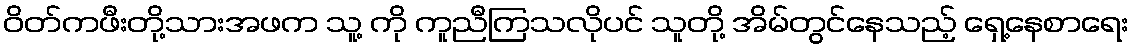
ဝိတ်ကဖီးတို့သားအဖက သူ့ ကို ကူညီကြသလိုပင် သူတို့ အိမ်တွင်နေသည့် ရှေ့နေစာရေး